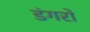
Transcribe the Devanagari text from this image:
डंगरों